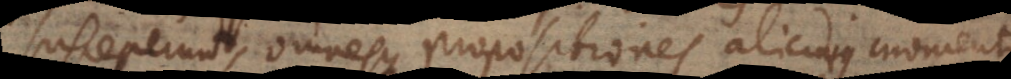
susceperunt, omnesque propositiones alicujus momenti